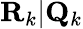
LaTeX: \mathbf{R}_{k}|\mathbf{Q}_{k}